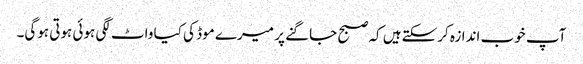
آپ خوب اندازہ کرسکتےہیں کہ صبح جاگنے پر میرے موڈ کی کیا واٹ لگی ہوئی ہوتی ہوگی۔